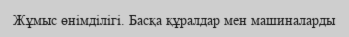
Жұмыс өнімділігі. Басқа құралдар мен машиналарды